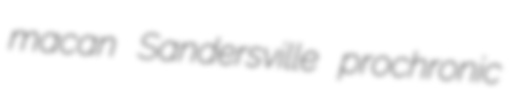
macan Sandersville prochronic